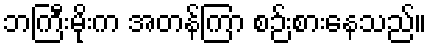
ဘကြီးမိုးက အတန်ကြာ စဉ်းစားနေသည်။